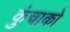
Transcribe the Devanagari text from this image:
कुंचाको